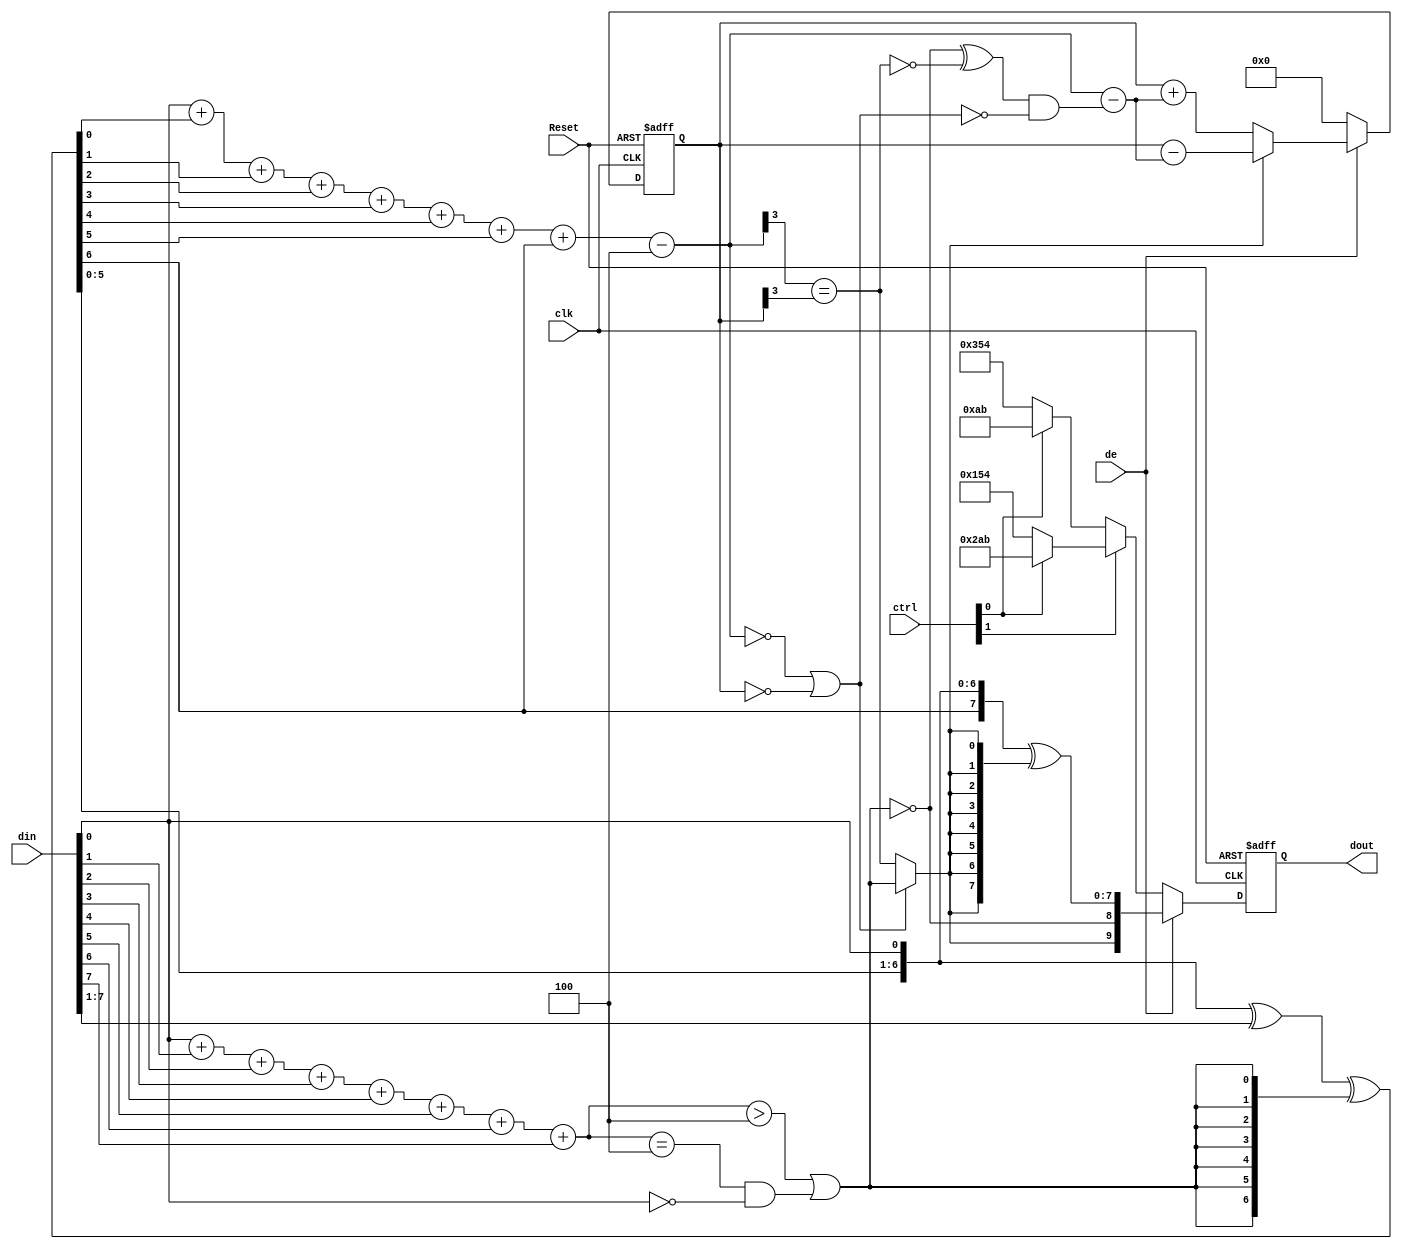
`timescale 1ns / 1ps
//////////////////////////////////////////////////////////////////////////////////
// Company: 
// Engineer: 
// 
// Design Name: 
// Module Name: TMDS_2
// Project Name: 
// Target Devices: 
// Tool Versions: 
// Description: 
// 
// Dependencies: 
// 
// Revision:
// Revision 0.01 - File Created
// Additional Comments:
// open sourced, see google drive for TMDS algorithm flowchart
//////////////////////////////////////////////////////////////////////////////////


module TMDS_encoder2 (
    input            clk,
    input            Reset,
    input            de,
    input      [1:0] ctrl,
    input      [7:0] din,
    output reg [9:0] dout
    );
    
    wire [3:0] Nb1s;
    wire XNOR;
    wire [8:0] q_m;
    reg [3:0] balance_acc;
    wire [3:0] balance;
    wire balance_sign_eq;
    wire invert_q_m;
    wire [3:0] balance_acc_inc;
    wire [3:0] balance_acc_new;
    wire [9:0] TMDS_data;
    wire [9:0] TMDS_code;
    
    assign Nb1s = din[0] + din[1] + din[2] + din[3] + din[4] + din[5] + din[6] + din[7];
    assign XNOR = (Nb1s>4'd4) || (Nb1s==4'd4 && din[0]==1'b0);
    assign q_m = {~XNOR, q_m[6:0] ^ din[7:1] ^ {7{XNOR}}, din[0]};
    
    assign balance = q_m[0] + q_m[1] + q_m[2] + q_m[3] + q_m[4] + q_m[5] + q_m[6] + q_m[7] - 4'd4;
    assign balance_sign_eq = (balance[3] == balance_acc[3]);
    assign invert_q_m = (balance==0 || balance_acc==0) ? ~q_m[8] : balance_sign_eq;
    
    assign balance_acc_inc = balance - ({q_m[8] ^ ~balance_sign_eq} & ~(balance==0 || balance_acc==0));
    assign balance_acc_new = invert_q_m ? balance_acc-balance_acc_inc : balance_acc+balance_acc_inc;
    assign TMDS_data = {invert_q_m, q_m[8], q_m[7:0] ^ {8{invert_q_m}}};
    assign TMDS_code = ctrl[1] ? (ctrl[0] ? 10'b1010101011 : 10'b0101010100) : (ctrl[0] ? 10'b0010101011 : 10'b1101010100);
    
    initial begin
        dout <= 0;
        balance_acc <= 0;
    end
    
    
    always@(posedge clk, posedge Reset) begin
        if(Reset == 1'b1) begin
            dout <= 0;
            balance_acc <= 0;
        end
        else begin
            dout <= de ? TMDS_data : TMDS_code;
            balance_acc <= de ? balance_acc_new:4'h0;
        end
    end

endmodule